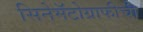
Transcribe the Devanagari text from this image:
सिनेमॅटोग्राफीची